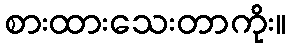
စားထားသေးတာကိုး။